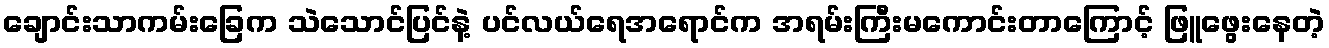
ချောင်းသာကမ်းခြေက သဲသောင်ပြင်နဲ့ ပင်လယ်ရေအရောင်က အရမ်းကြီးမကောင်းတာကြောင့် ဖြူဖွေးနေတဲ့